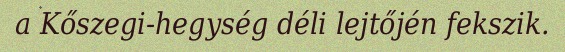
a Kőszegi-hegység déli lejtőjén fekszik.